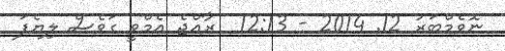
ނޮވެމްބަރު 12